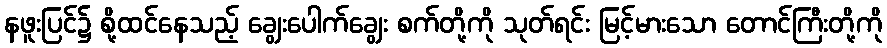
နဖူးပြင်၌ စို့ထင်နေသည့် ချွေးပေါက်ချွေး စက်တို့ကို သုတ်ရင်း မြင့်မားသော တောင်ကြီးတို့ကို